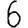
Digit: 6